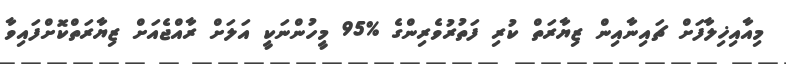
މިއާއިޚިލާފަށް ޗައިނާއިން ޒިޔާރަތް ކުރި ފަތުރުވެރިންގެ %95 މީހުންނަކީ އަލަށް ރާއްޖެއަށް ޒިޔާރަތްކޮށްފައިވާ